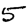
Digit: 5